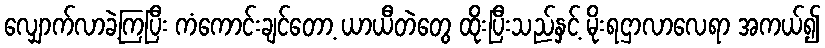
လျှောက်လာခဲ့ကြပြီး ကံကောင်းချင်တော့ ယာယီတဲတွေ ထိုးပြီးသည်နှင့် မိုးရဌာလာလေရာ အကယ်၍